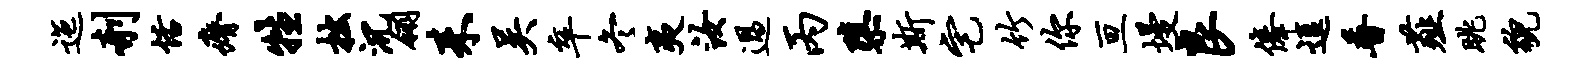
迤剞恬瘠牲拙沉翎耒吴卒冬夷汝过丙隳斯宅竹你亘墁良俸逗普薤眺貌